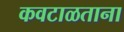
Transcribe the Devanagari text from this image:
कवटाळताना